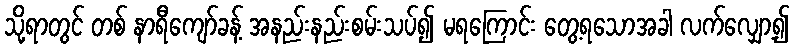
သို့ရာတွင် တစ် နာရီကျော်ခန့် အနည်းနည်းစမ်းသပ်၍ မရကြောင်း တွေ့ရသောအခါ လက်လျှော့၍